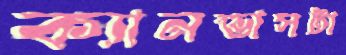
ক্যানভাসটা